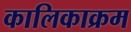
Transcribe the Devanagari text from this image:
कालिकाक्रम